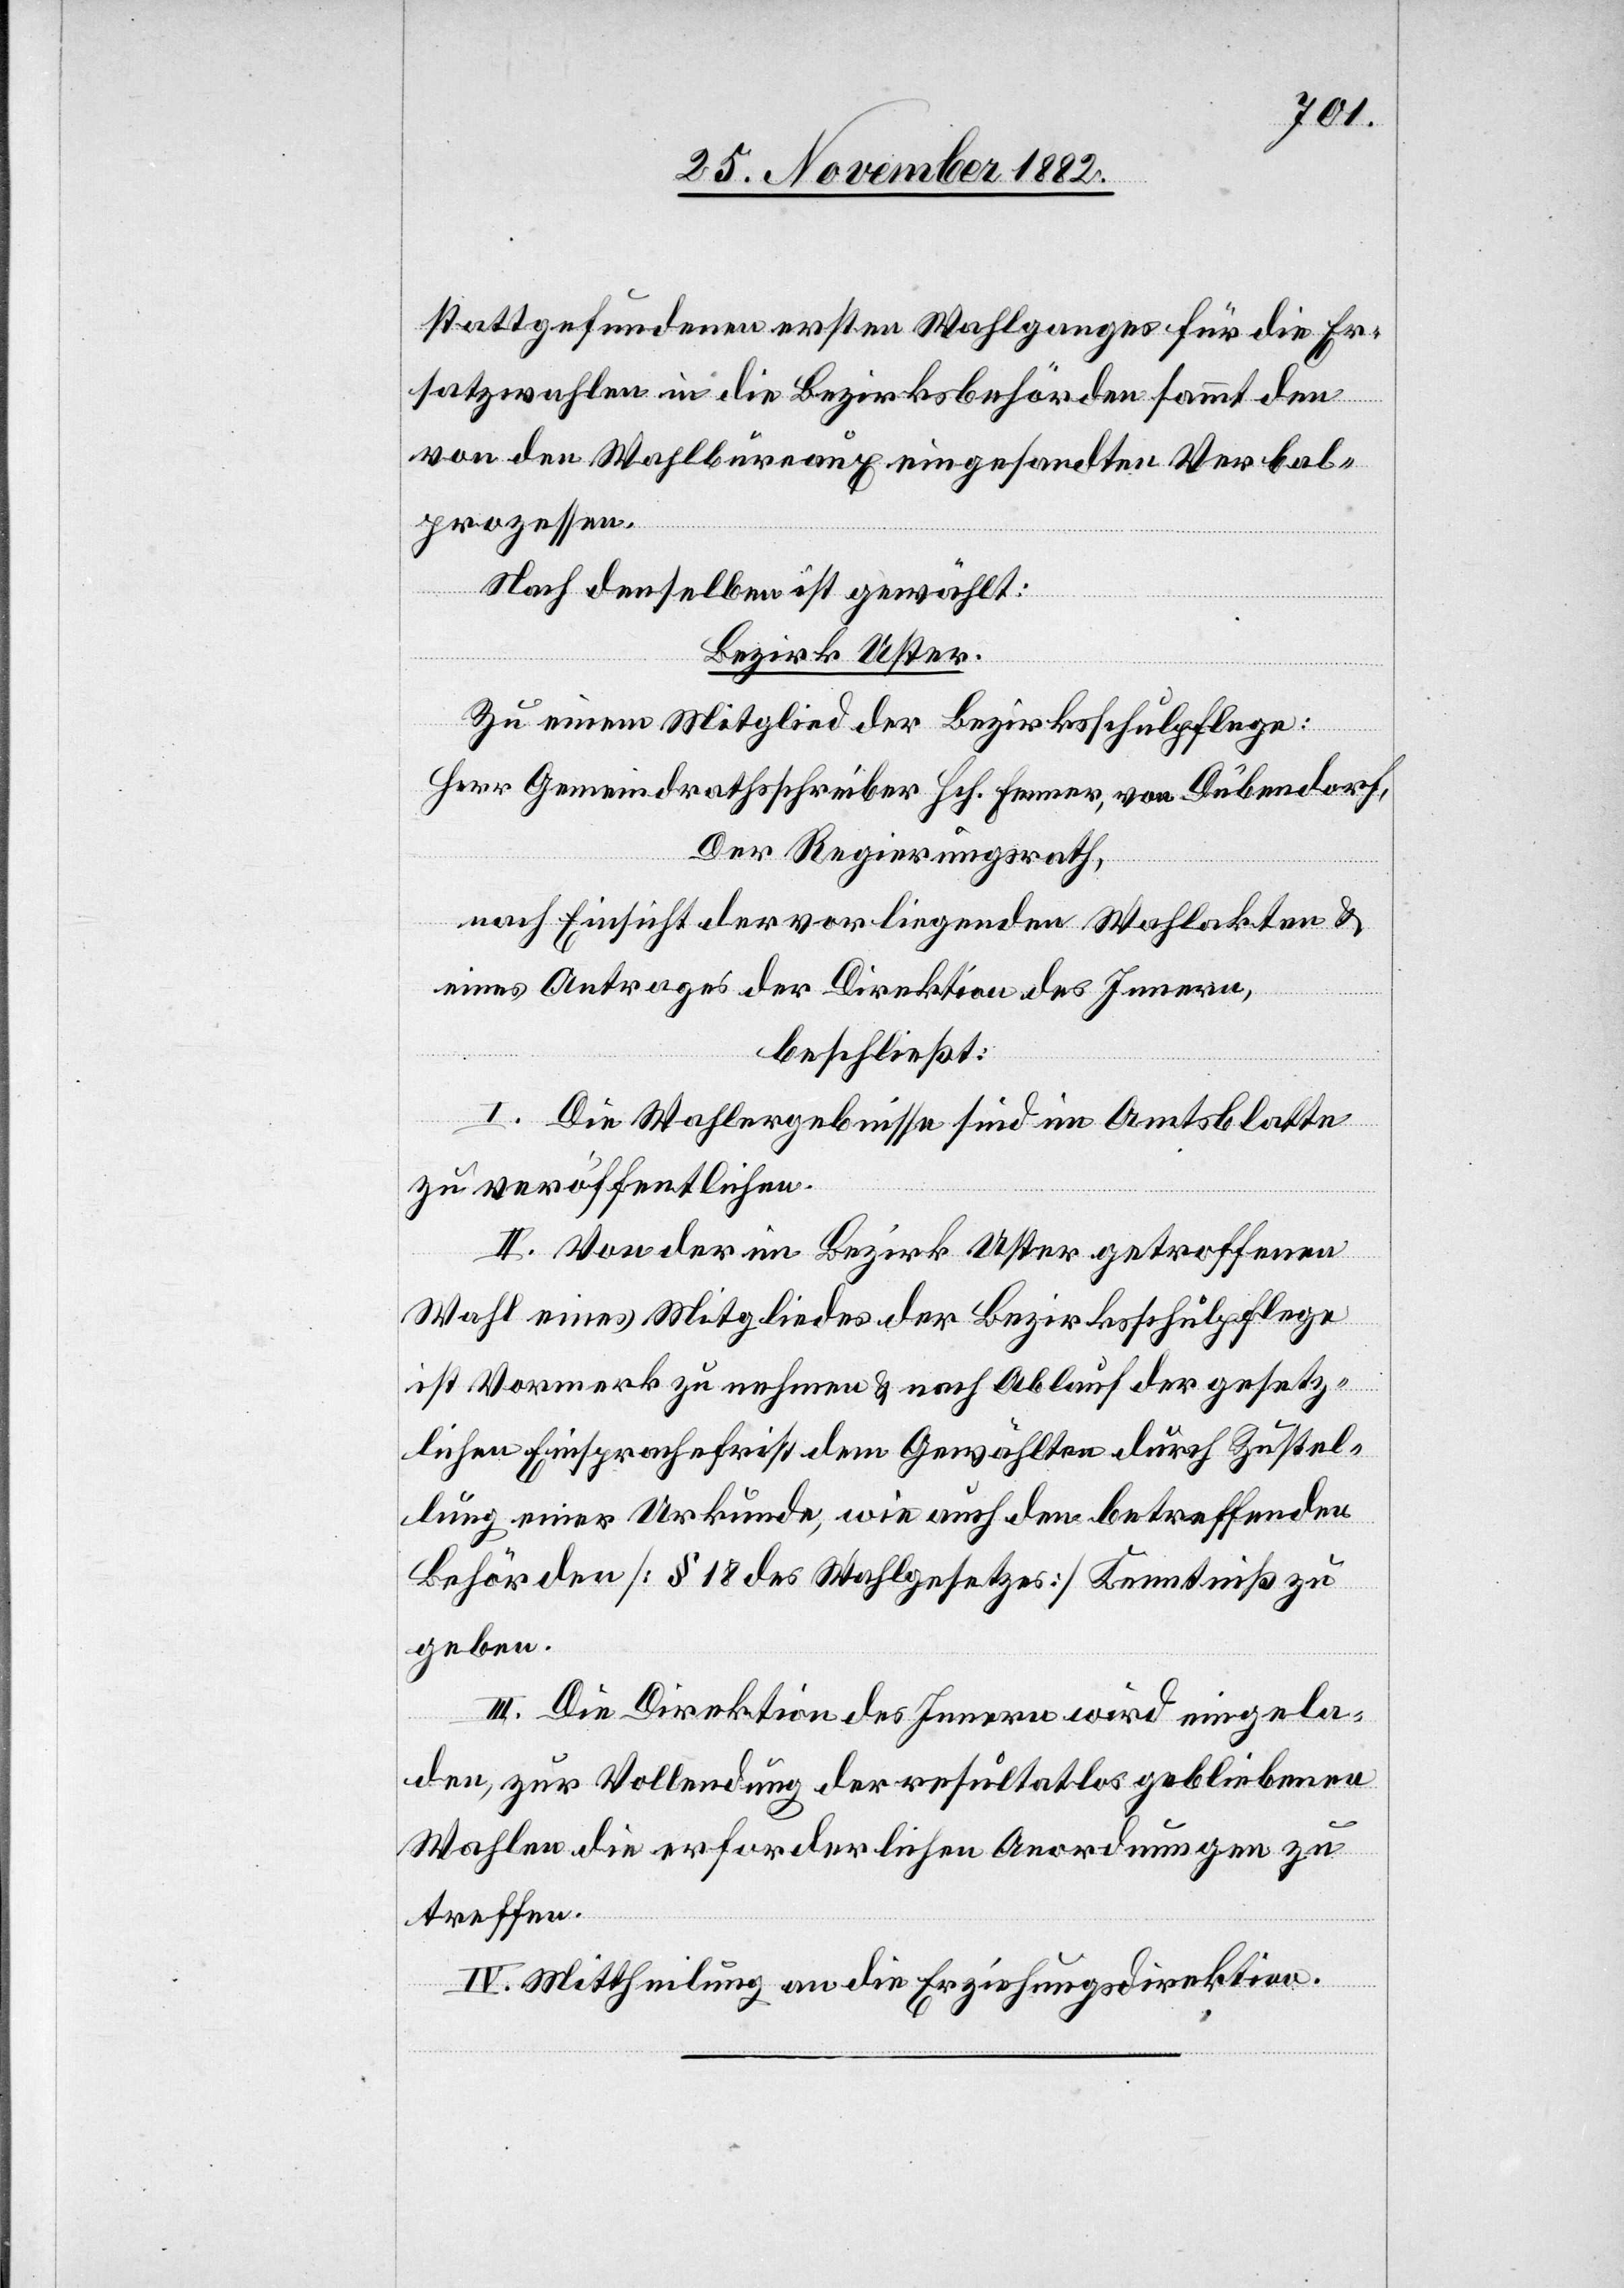
stattgefundenen ersten Wahlganges für die Er¬
satzwahlen in die Bezirksbehörden sammt den
von den Wahlbureaux eingesandten Verbal¬
prozessen.
Nach denselben ist gewählt:
Bezirk Uster.
Zu einem Mitglied der Bezirksschulpflege:
Herr Gemeindrathsschreiber Hch. Fenner, von Dübendorf.
Der Regierungsrath,
nach Einsicht der vorliegenden Wahlakten &
eines Antrages der Direktion des Innern,
beschließt:
I. Die Wahlergebnisse sind im Amtsblatte
zu veröffentlichen.
II. Von der im Bezirk Uster getroffenen
Wahl eines Mitgliedes der Bezirksschulpflege
ist Vormerk zu nehmen & nach Ablauf der gesetz¬
lichen Einsprachefrist dem Gewählten durch Zustel¬
lung einer Urkunde, wie auch den betreffenden
Behörden [§ 18 des Wahlgesetzes] Kenntniß zu
geben.
III. Die Direktion des Innern wird eingela¬
den, zur Vollendung der resultatlos gebliebenen
Wahlen die erforderlichen Anordnungen zu
treffen.
IV. Mittheilung an die Erziehungsdirektion.